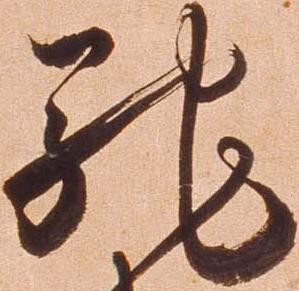
馳